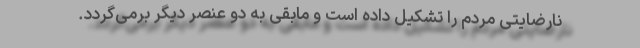
نارضایتی مردم را تشکیل داده است و مابقی به دو عنصر دیگر برمی‌گردد.